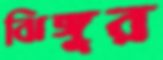
ঝিঙ্গুর